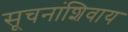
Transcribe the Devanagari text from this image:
सूचनांशिवाय